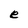
Character: e